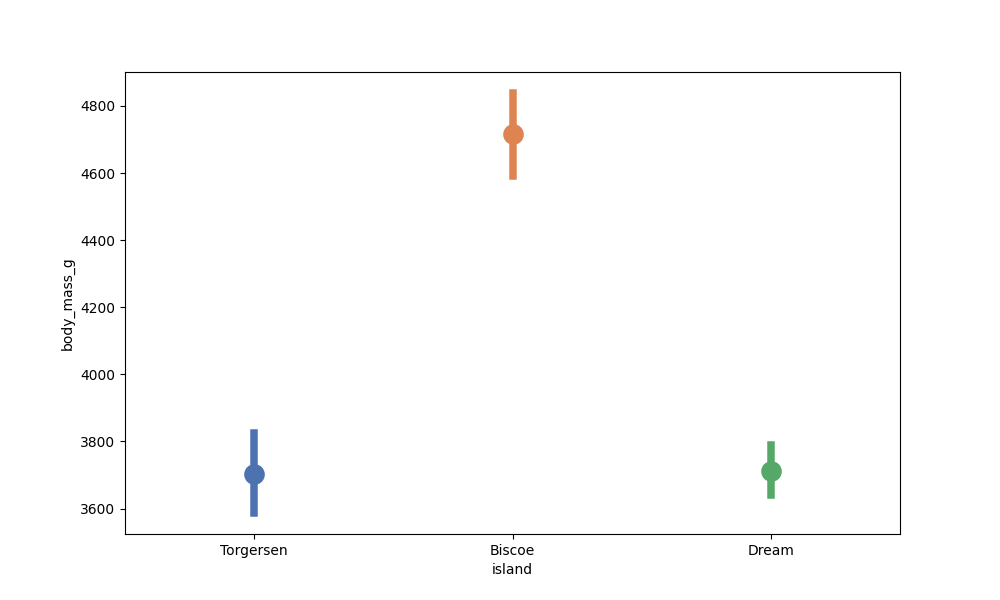
python, seaborn, pointplot, scale=2.0, join=False, hue='None', palette='deep'